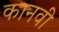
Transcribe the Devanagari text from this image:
कानवी